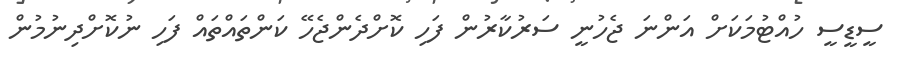
ސީޑީސީ ހުއްޓުމަކަށް އަންނަ ޖެހުނީ ސަރުކާރުން ފަހި ކޮށްދެންޖެހޭ ކަންތައްތައް ފަހި ނުކޮށްދިނުމުން